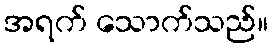
အရက် သောက်သည်။